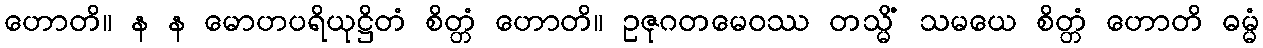
ဟောတိ။ န န မောဟပရိယုဋ္ဌိတံ စိတ္တံ ဟောတိ။ ဥဇုဂတမေဝဿ တသ္မိံ သမယေ စိတ္တံ ဟောတိ ဓမ္မံ